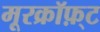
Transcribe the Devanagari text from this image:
मूरक्रॉफ़्ट